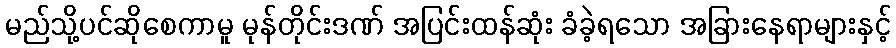
မည်သို့ပင်ဆိုစေကာမူ မုန်တိုင်းဒဏ် အပြင်းထန်ဆုံး ခံခဲ့ရသော အခြားနေရာများနှင့်